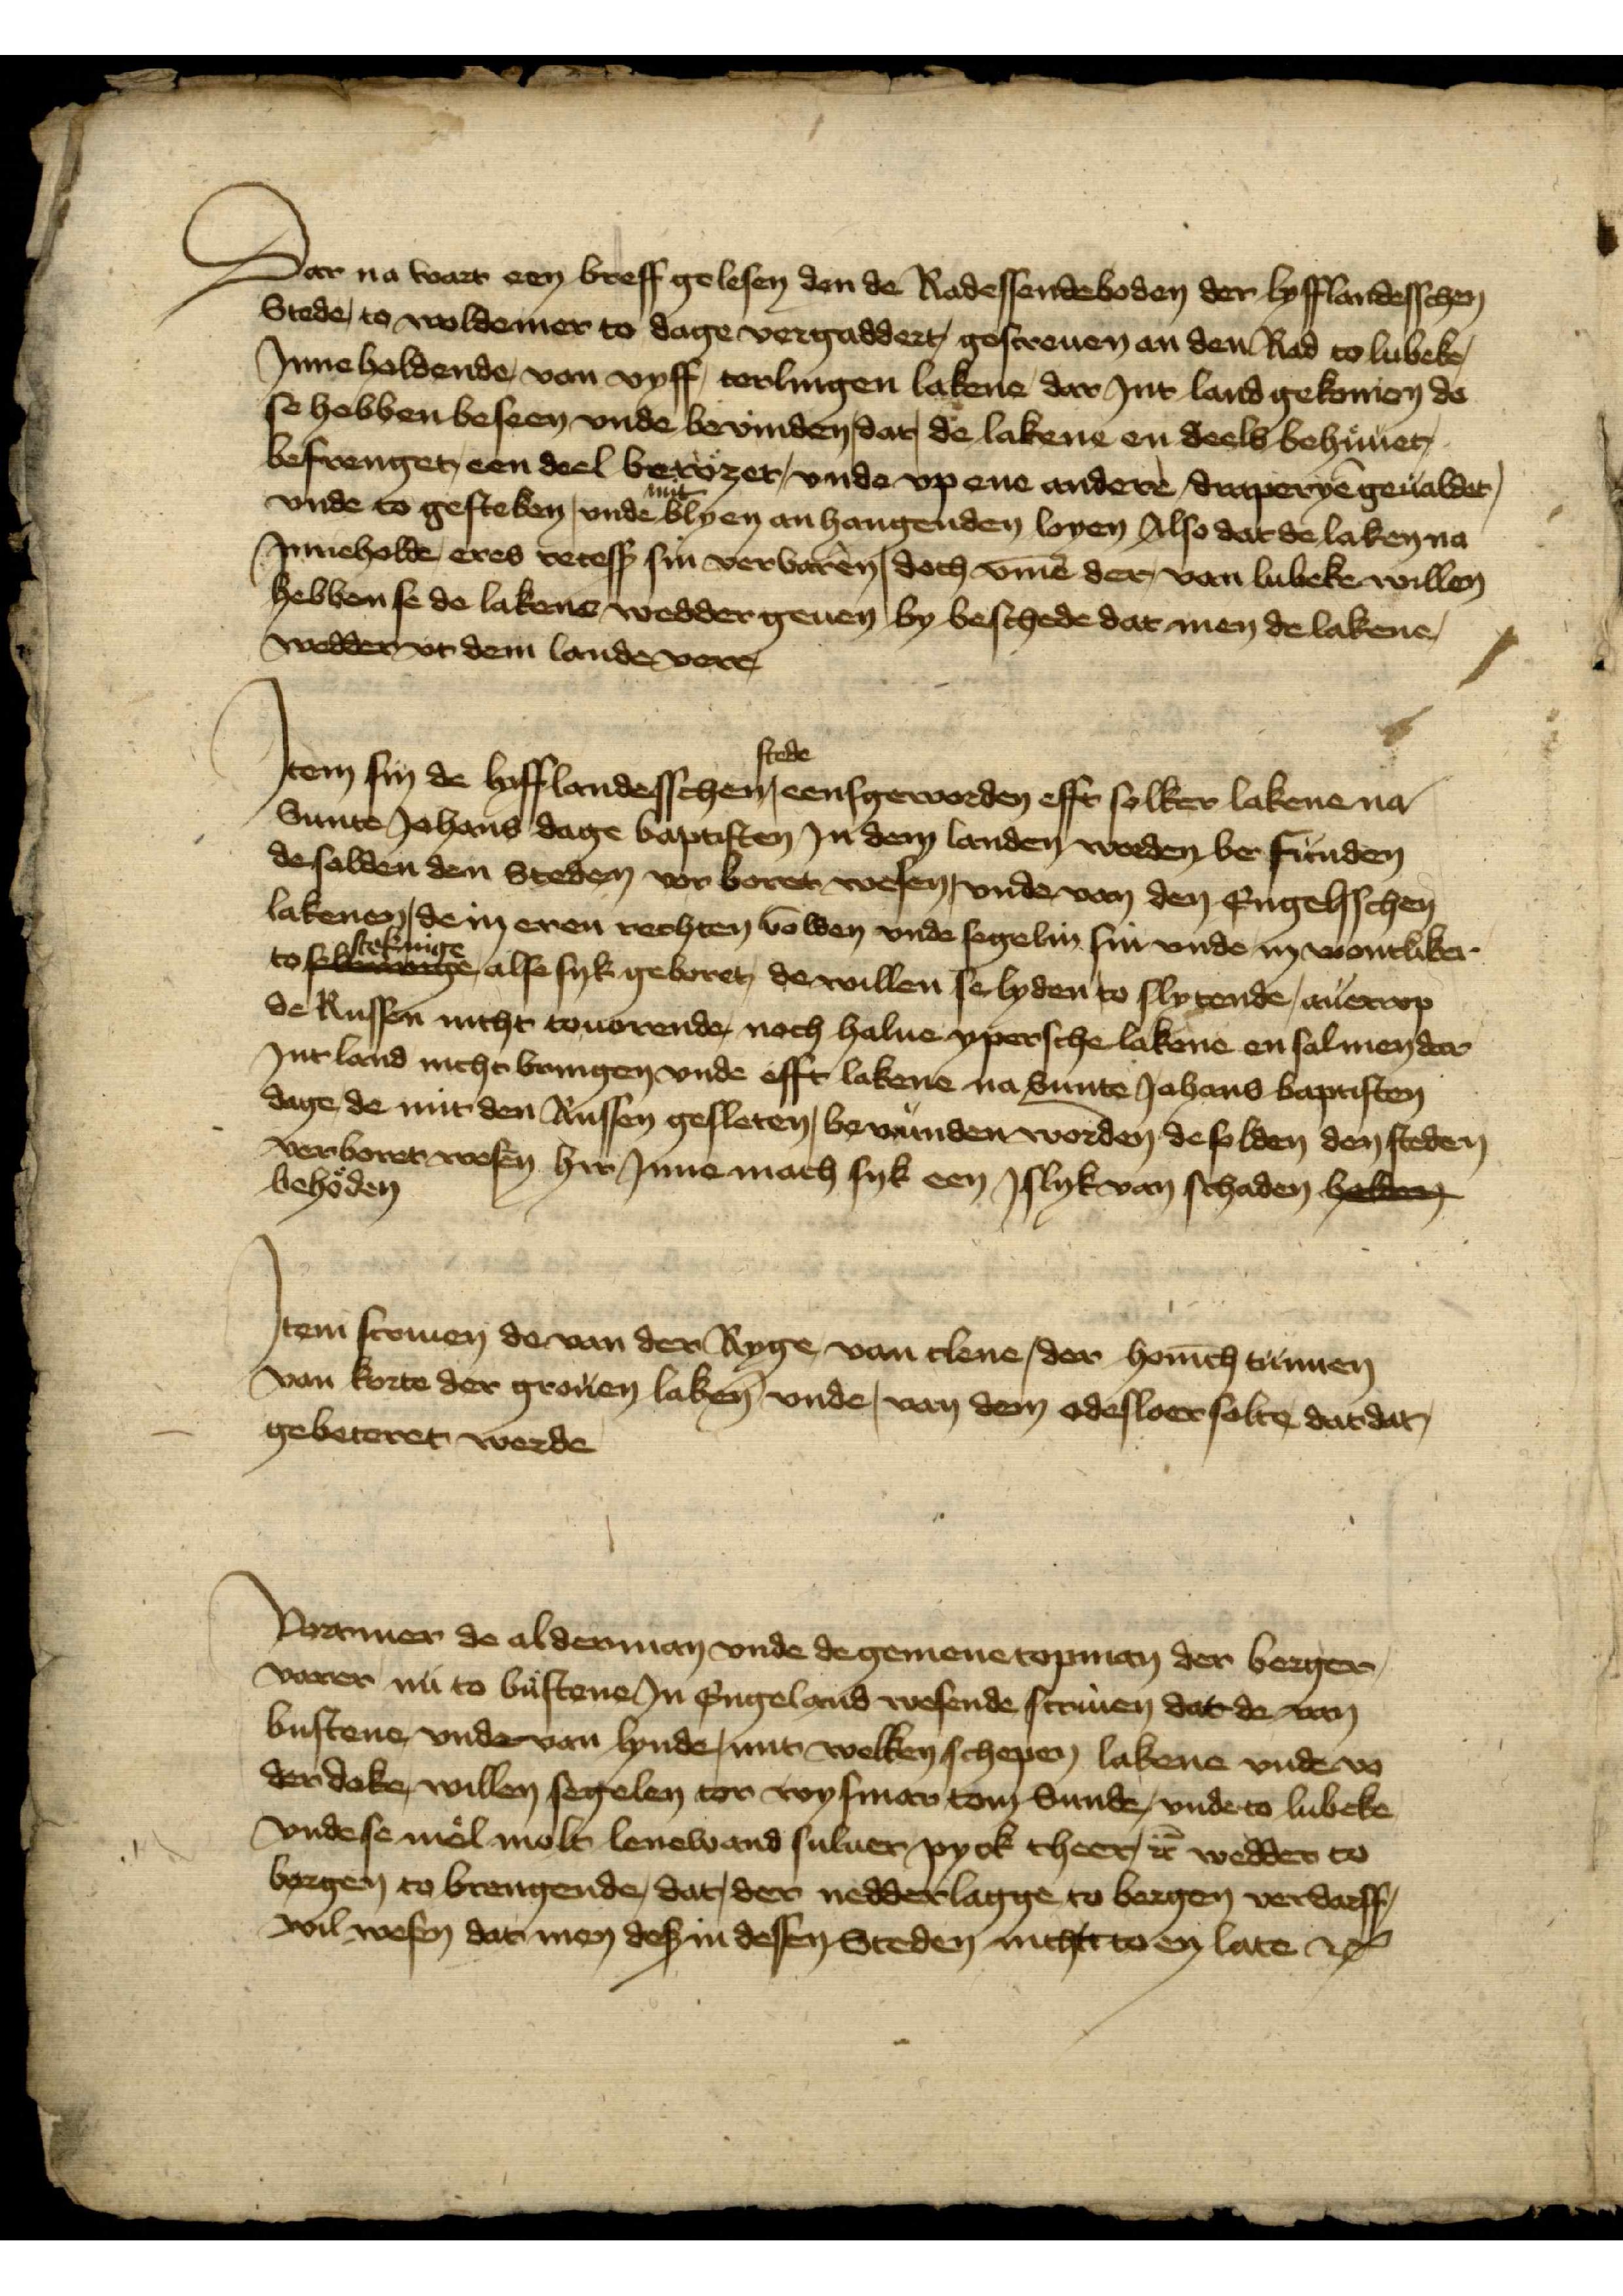
Dar na wart een breff gelesen den de Radessendeboden der lyfflandesschen
Stede, to Woldemer to dage vergaddert, gescreuen an den Rad to Lubeke, 
Jnneholdende, van vyff, torlingen lakene dar Jnt land gekomen da
se hebben beseen vnde bevinden, dar, de lakene en deels behuͤuet,
befrenget een deel berozet, vnde vp ene andere draperyē geualdet,
vnde to gesteben, vnde mit blyen anhangenden loyen Also dar de laken na  
Jnneholde eres recess sin verbaren, doch v̄me der van Lubeke willen
hebben se de lakene wedder geuen by beschede dat men de lakene,
wedder vt dem lande vere,

Jtem sin de lyfflandesschen Stede eensgeworden efft solker lakene na
Sunte Johans dage baptisten Jn dem landen worden befunden  
de solden den Steden vor boret wesen, vnde van den Engelsschen
lakenen, dem eren rechten volden vnde segelin sin vnde in vrontliker
to stekinge alse syk geboret, de willen se lyden to slytende, auerrvp 
de Russen nicht touorende, noch halue ypersche lakene en sal men der
Jnt land nicht bringen vnde efft lakene na sunte Johans baptisten   
dage de mit den Russen gesloten, bevunden worden de solden den steden 
verboret wesen hir Jnne mach syk een Jslyk van Schaden be----
behoͤden

Jtem scriuen de van der Ryge van clene, der hon̄ich tunnen
van Korte der grouen laken vnde, van dem odesloer solte dar dat,
gebeteret werde

Vortmer de alderman vnde de gemene copman der berger¬ 
varer nu to Bustene Jn Engeland wesende scriuen dat de van
Bustene vnde van Lynde, mit welken schepen, lakene vnde vo¬
der dake, willen segelen tor Wysmar tom Sunde, vnde to Lubeke 
vnde se moͤl molt lenewand suluer py ok theer, et̉ wedder to
Bergen to brengende, dar, der nedderlagge to Bergen verdarff,
wil wesen dar men des in dessen Steden nicht to en late etꝬ